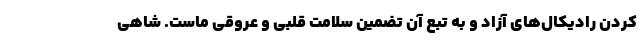
کردن رادیکال‌های آزاد و به تبع آن تضمین سلامت قلبی و عروقی ماست. شاهی